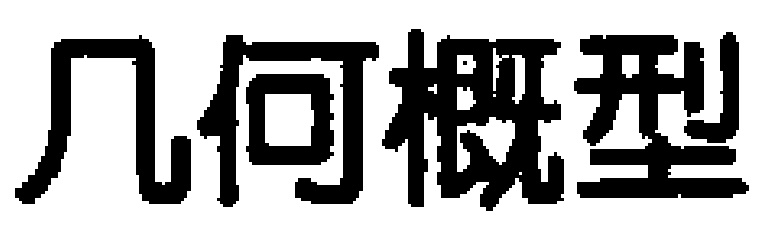
几何概型